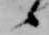
候